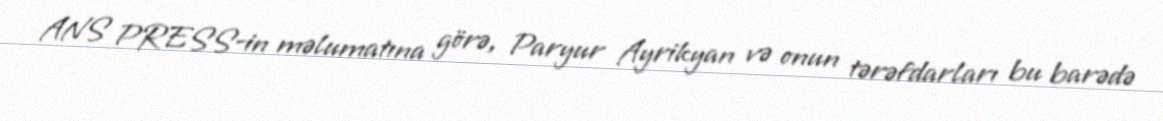
ANS PRESS-in məlumatına görə, Paryur Ayrikyan və onun tərəfdarları bu barədə